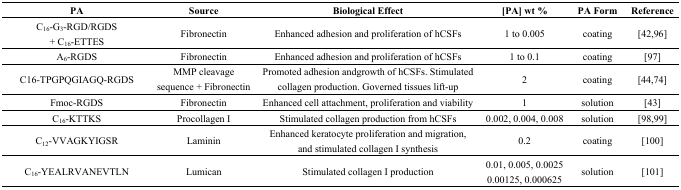
<table><thead><tr><td><b>PA</b></td><td><b>Source</b></td><td><b>Biological Effect</b></td><td><b>[PA] wt %</b></td><td><b>PA Form</b></td><td><b>Reference</b></td></tr></thead><tbody><tr><td>C<sub>16</sub>-G<sub>3</sub>-RGD/RGDS + C<sub>16</sub>-ETTES</td><td>Fibronectin</td><td>Enhanced adhesion and proliferation of hCSFs</td><td>1 to 0.005</td><td>coating</td><td>[42,96]</td></tr><tr><td>A<sub>6</sub>-RGDS</td><td>Fibronectin</td><td>Enhanced adhesion and proliferation of hCSFs</td><td>1 to 0.1</td><td>coating</td><td>[97]</td></tr><tr><td>C16-TPGPQGIAGQ-RGDS</td><td>MMP cleavage sequence + Fibronectin</td><td>Promoted adhesion andgrowth of hCSFs. Stimulated collagen production. Governed tissues lift-up</td><td>2</td><td>coating</td><td>[44,74]</td></tr><tr><td>Fmoc-RGDS</td><td>Fibronectin</td><td>Enhanced cell attachment, proliferation and viability</td><td>1</td><td>solution</td><td>[43]</td></tr><tr><td>C<sub>16</sub>-KTTKS</td><td>Procollagen I</td><td>Stimulated collagen production from hCSFs</td><td>0.002, 0.004, 0.008</td><td>solution</td><td>[98,99]</td></tr><tr><td>C<sub>12</sub>-VVAGKYIGSR</td><td>Laminin</td><td>Enhanced keratocyte proliferation and migration, and stimulated collagen I synthesis</td><td>0.2</td><td>coating</td><td>[100]</td></tr><tr><td>C<sub>16</sub>-YEALRVANEVTLN</td><td>Lumican</td><td>Stimulated collagen I production</td><td>0.01, 0.005, 0.0025 0.00125, 0.000625</td><td>solution</td><td>[101]</td></tr></tbody></table>